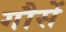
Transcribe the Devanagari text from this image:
गौसें